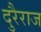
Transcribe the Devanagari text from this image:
दुरैराज